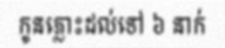
កូនភ្លោះដល់ទៅ ៦ នាក់